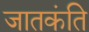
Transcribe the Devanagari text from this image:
जातकंति